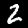
Digit: 2